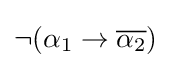
\neg (\alpha _{1}\to {\overline {\alpha _{2}}})